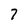
Character: 7